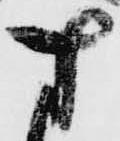
す